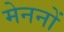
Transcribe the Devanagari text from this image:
मेननों